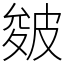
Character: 皴